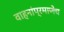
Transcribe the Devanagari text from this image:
वाहनांप्रमाणेच